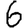
Digit: 6